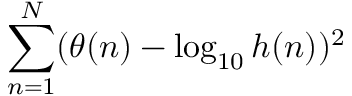
\sum _ { n = 1 } ^ { N } ( \theta ( n ) - \log _ { 1 0 } h ( n ) ) ^ { 2 }